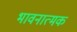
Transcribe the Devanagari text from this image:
भावनात्मक